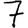
Digit: 7